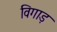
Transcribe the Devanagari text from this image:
विगाड़